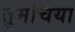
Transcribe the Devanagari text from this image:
तुमचिया